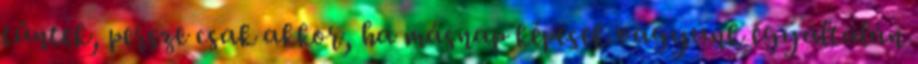
tűntek, persze csak akkor, ha másnap képesek vagyunk egyáltalán